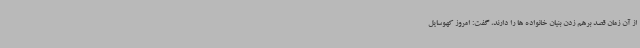
از آن زمان قصد برهم زدن بنیان خانواده ها را دارند، گفت: امروز کهوسایل